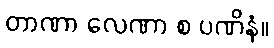
တာဏာ လေဏာ စ ပဏိနံ။